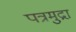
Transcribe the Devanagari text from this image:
पत्रमुद्रा